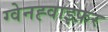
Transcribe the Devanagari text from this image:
ग्वेनह्वाइफ़र